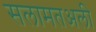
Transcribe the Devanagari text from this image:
सलामतअली